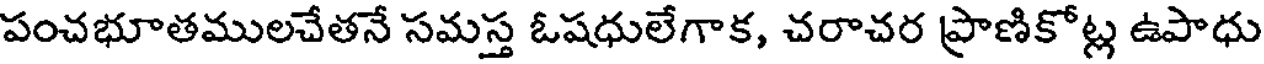
పంచభూతములచేతనే సమస్త ఓషధులేగాక, చరాచర ప్రాణికోట్ల ఉపాధు